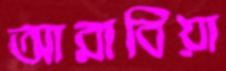
আরাবিয়া